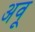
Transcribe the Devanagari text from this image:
अवू